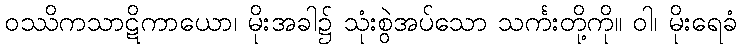
ဝဿိကသာဋိကာယော၊ မိုးအခါ၌ သုံးစွဲအပ်သော သင်္ကးတို့ကို။ ဝါ၊ မိုးရေခံ